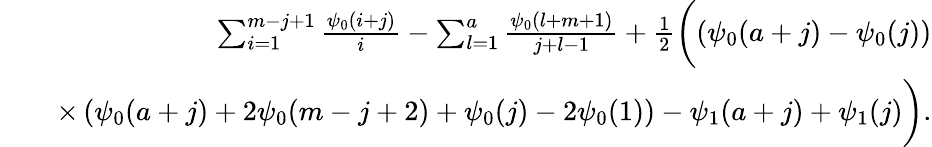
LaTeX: \begin{array}{rlr}{\! \! \! \! \! \! \! \! \! \! \! \! \! \! \! \! \! \! }&{}&{\sum_{i=1}^{m-j+1}\frac{\psi_{0}(i+j)}{i}-\sum_{l=1}^{a}\frac{\psi_{0}(l+m+1)}{j+l-1}+\frac{1}{2}\bigg(\! \left(\psi_{0}(a+j)-\psi_{0}(j)\right)}\\ {\! \! \! \! \! \! \! \! \! \! \! \! \! \! \! \! \! \! }&{}&{\times\left(\psi_{0}(a+j)+2\psi_{0}(m-j+2)+\psi_{0}(j)-2\psi_{0}(1)\right)-\psi_{1}(a+j)+\psi_{1}(j)\bigg).}\end{array}